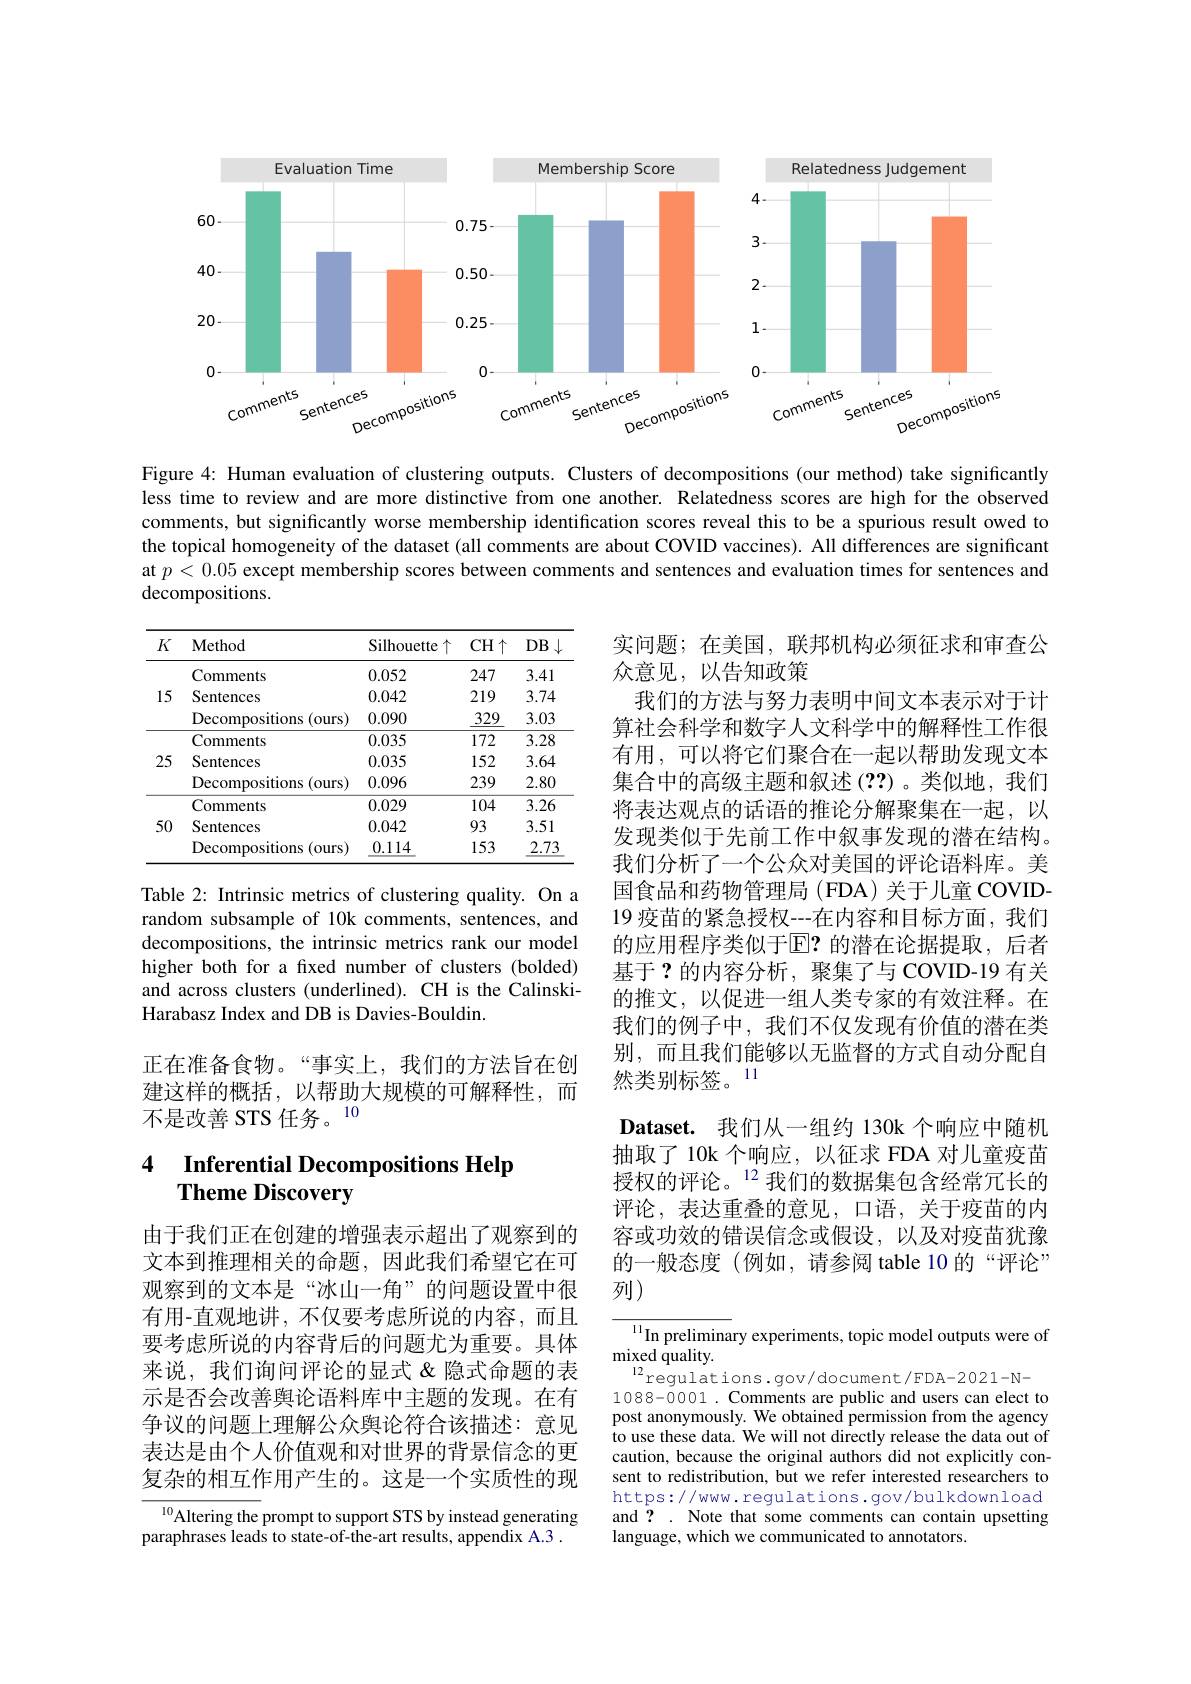
<FigureHere>

Figure 4: Human evaluation of clustering outputs. Clusters of decompositions (our method) take significantly less time to review and are more distinctive from one another. Relatedness scores are high for the observed comments, but significantly worse membership identification scores reveal this to be a spurious result owed to the topical homogeneity of the dataset (all comments are about COVID vaccines). All differences are significant at $p<0.05$ except membership scores between comments and sentences and evaluation times for sentences and

decompositions.

<table>
	<tbody>
		<tr>
			<th>$K$</th>
			<th>Method</th>
			<th>Silhouette 2个</th>
			<th>$CH\uparrow$</th>
			<th>$DB.$ </th>
		</tr>
		<tr>
			<td rowspan="3">15</td>
			<td>Comments</td>
			<td>0.052</td>
			<td>247</td>
			<td>3.41</td>
		</tr>
		<tr>
			<td>Sentences</td>
			<td>0.042</td>
			<td>219</td>
			<td>3.74</td>
		</tr>
		<tr>
			<td>Decompositions $s\left(\mathrm{ours}\right)$</td>
			<td>0.090</td>
			<td>329</td>
			<td>3.03</td>
		</tr>
		<tr>
			<td rowspan="3">25</td>
			<td>Comments</td>
			<td>0.035</td>
			<td>172</td>
			<td>3.28</td>
		</tr>
		<tr>
			<td>Sentences</td>
			<td>0.035</td>
			<td>152</td>
			<td>3.64</td>
		</tr>
		<tr>
			<td>Decompositions $s\left(\mathrm{ours}\right)$</td>
			<td>0.096</td>
			<td>239</td>
			<td>2.80</td>
		</tr>
		<tr>
			<td rowspan="3">50</td>
			<td>Comments</td>
			<td>0.029</td>
			<td>104</td>
			<td>3.26</td>
		</tr>
		<tr>
			<td>Sentences</td>
			<td>0.042</td>
			<td>93</td>
			<td>3.51</td>
		</tr>
		<tr>
			<td>Decompositions (ours)</td>
			<td>0.114</td>
			<td>153</td>
			<td>2.73</td>
		</tr>
	</tbody>
</table>

Table 2: Intrinsic metrics of clustering quality. On a random subsample of 10k comments, sentences, and decompositions, the intrinsic metrics rank our model higher both for a fxed number of clusters (bolded) and across clusters (underlined). CH is the CalinskiHarabasz Index and DB is Davies-Bouldin.

实问题；在美国，联邦机构必须征求和审查公
众意见，以告知政策
我们的方法与努力表明中间文本表示对于计算社会科学和数字人文科学中的解释性工作很有用，可以将它们聚合在一起以帮助发现文本集合中的高级主题和叙述 (??)。类似地，我们将表达观点的话语的推论分解聚集在一起，以发现类似于先前工作中叙事发现的潜在结构。我们分析了一个公众对美国的评论语料库。美国食品和药物管理局 (FDA) 关于儿童 COVID- 19 疫苗的紧急授权---在内容和目标方面，我们的应用程序类似于$\mathbb{E}?$ 的潜在论据提取，后者基于？的内容分析，聚集了与 COVID-19 有关的推文，以促进一组人类专家的有效注释。在我们的例子中，我们不仅发现有价值的潜在类别，而且我们能够以无监督的方式自动分配自然类别标签。11
Dataset. 我们从一组约 130k 个响应中随机抽取了 10k 个响应，以征求 FDA 对儿童疫苗授权的评论。$^{12}$我们的数据集包含经常冗长的评论，表达重叠的意见，口语，关于疫苗的内容或功效的错误信念或假设，以及对疫苗犹豫的一般态度(例如，请参阅 table 10 的“评论” 列)

正在准备食物。“事实上，我们的方法旨在创建这样的概括，以帮助大规模的可解释性，而不是改善 STS 任务。10

## 4 $\textbf{Inferential Decompositions Help}$ Theme Discovery

由于我们正在创建的增强表示超出了观察到的文本到推理相关的命题，因此我们希望它在可观察到的文本是“冰山一角”的问题设置中很有用-直观地讲，不仅要考虑所说的内容，而且要考虑所说的内容背后的问题尤为重要。具体来说，我们询问评论的显式&隐式命题的表示是否会改善舆论语料库中主题的发现。在有争议的问题上理解公众舆论符合该描述：意见表达是由个人价值观和对世界的背景信念的更复杂的相互作用产生的。这是一个实质性的现

${\frac{11}{\mathrm{In~prelimina}}}$ry experiments, topic model outputs were of
$\operatorname*{mixed}_{12}$quality.
$^{12}$regulations.gov/document/FDA-2021-N- 1088-0001. Comments are public and users can elect to post anonymously. We obtained permission from the agency to use these data. We will not directly release the data out of caution, because the original authors did not explicitly consent to redistribution, but we refer interested researchers to https://www.regulations.gov/bulkdownload and? . Note that some comments can contain upsetting language, which we communicated to annotators.

${^{10}\text{Altering the prompt to support STS by instead generating}}$
paraphrases leads to state-of-the-art results, appendix A.3 .